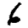
Digit: 6